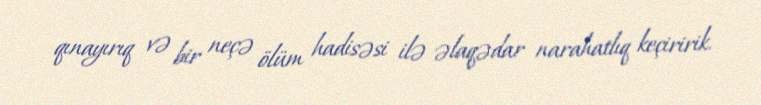
qınayırıq və bir neçə ölüm hadisəsi ilə əlaqədar narahatlıq keçiririk.